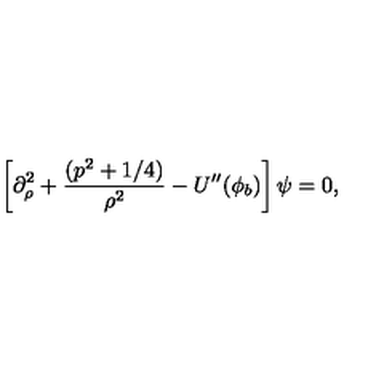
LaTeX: \left[ \partial _ { \rho } ^ { 2 } + \frac { ( p ^ { 2 } + 1 / 4 ) } { \rho ^ { 2 } } - U ^ { \prime \prime } ( \phi _ { b } ) \right] \psi = 0 ,